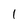
Character: 1